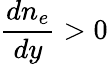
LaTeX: \frac{dn_{e}}{dy}>0